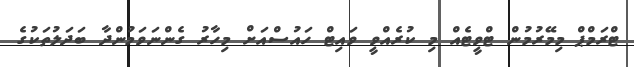
ޓްރަމްޕް މިމޭރުމުން ޓްވީޓެއް މި ކުރެއްވީ ވައިޓް ހައުސްއަށް މިހާރު ގެންނަވަމުންދާ ބަދަލުތަކުގެ